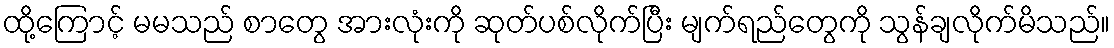
ထို့ကြောင့် မမသည် စာတွေ အားလုံးကို ဆုတ်ပစ်လိုက်ပြီး မျက်ရည်တွေကို သွန်ချလိုက်မိသည်။